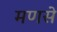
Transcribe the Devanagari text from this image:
मणसे